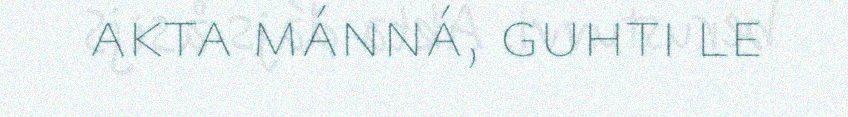
akta mánná, guhti le